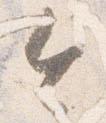
令